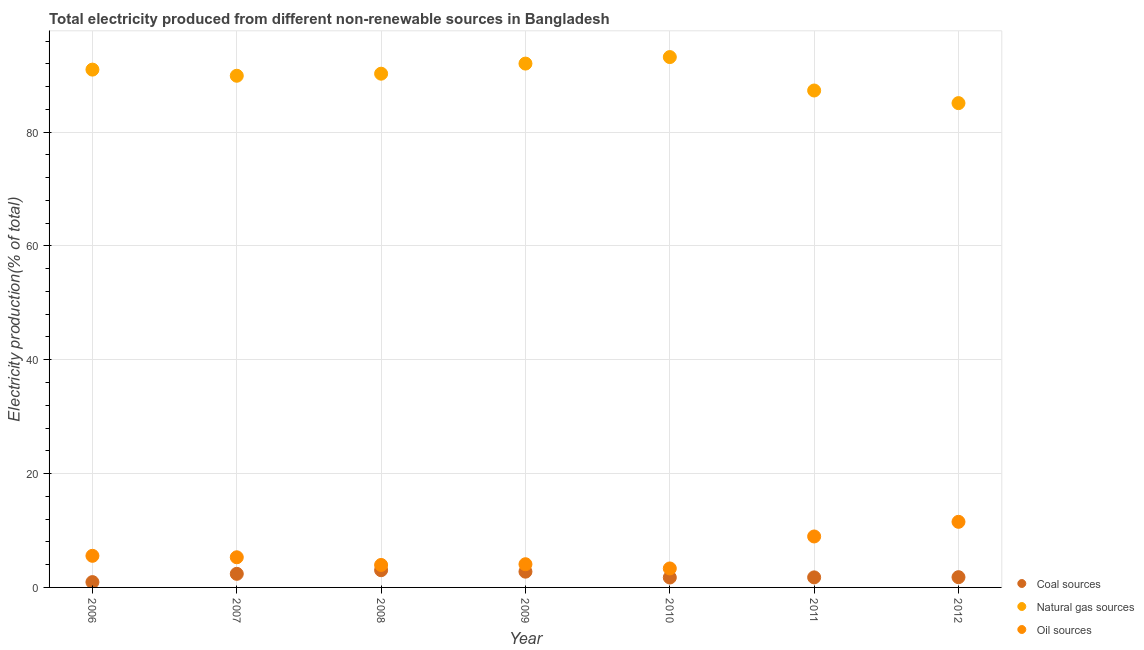
| Year | Coal sources | Natural gas sources | Oil sources |
 | --- | --- | --- | --- |
 | 2006 | 0.934 | 91 | 5.55 |
 | 2007 | 2.39 | 89.9 | 5.3 |
 | 2008 | 3.02 | 90.3 | 3.95 |
 | 2009 | 2.77 | 92 | 4.08 |
 | 2010 | 1.74 | 93.2 | 3.33 |
 | 2011 | 1.77 | 87.3 | 8.95 |
 | 2012 | 1.8 | 85.1 | 11.5 |